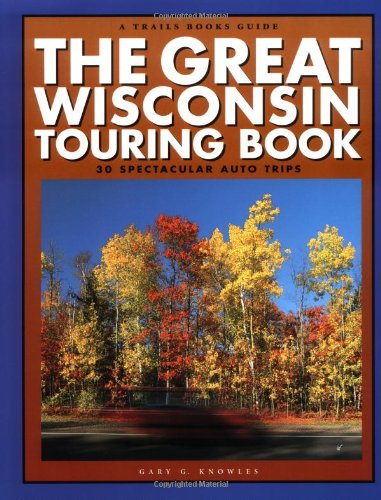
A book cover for The Great Wisconsin Touring Book : 30 Spectacular Auto Trips; Gary G. Knowles; Travel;